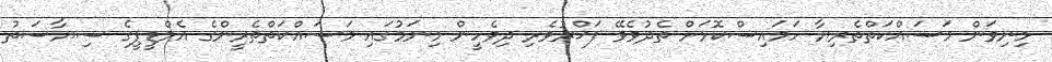
މިނިވަން މަސައްކަތްތެރިޔާ ހަމައިސްކޮޅަށް ތެދުވެވޭ ފަޚްރުވެރި ދިވެހީން މިނަމުގައި މަސައްކަތްތެރީންގެ އެމްޑީޕީގެ ސިޔާސަތު